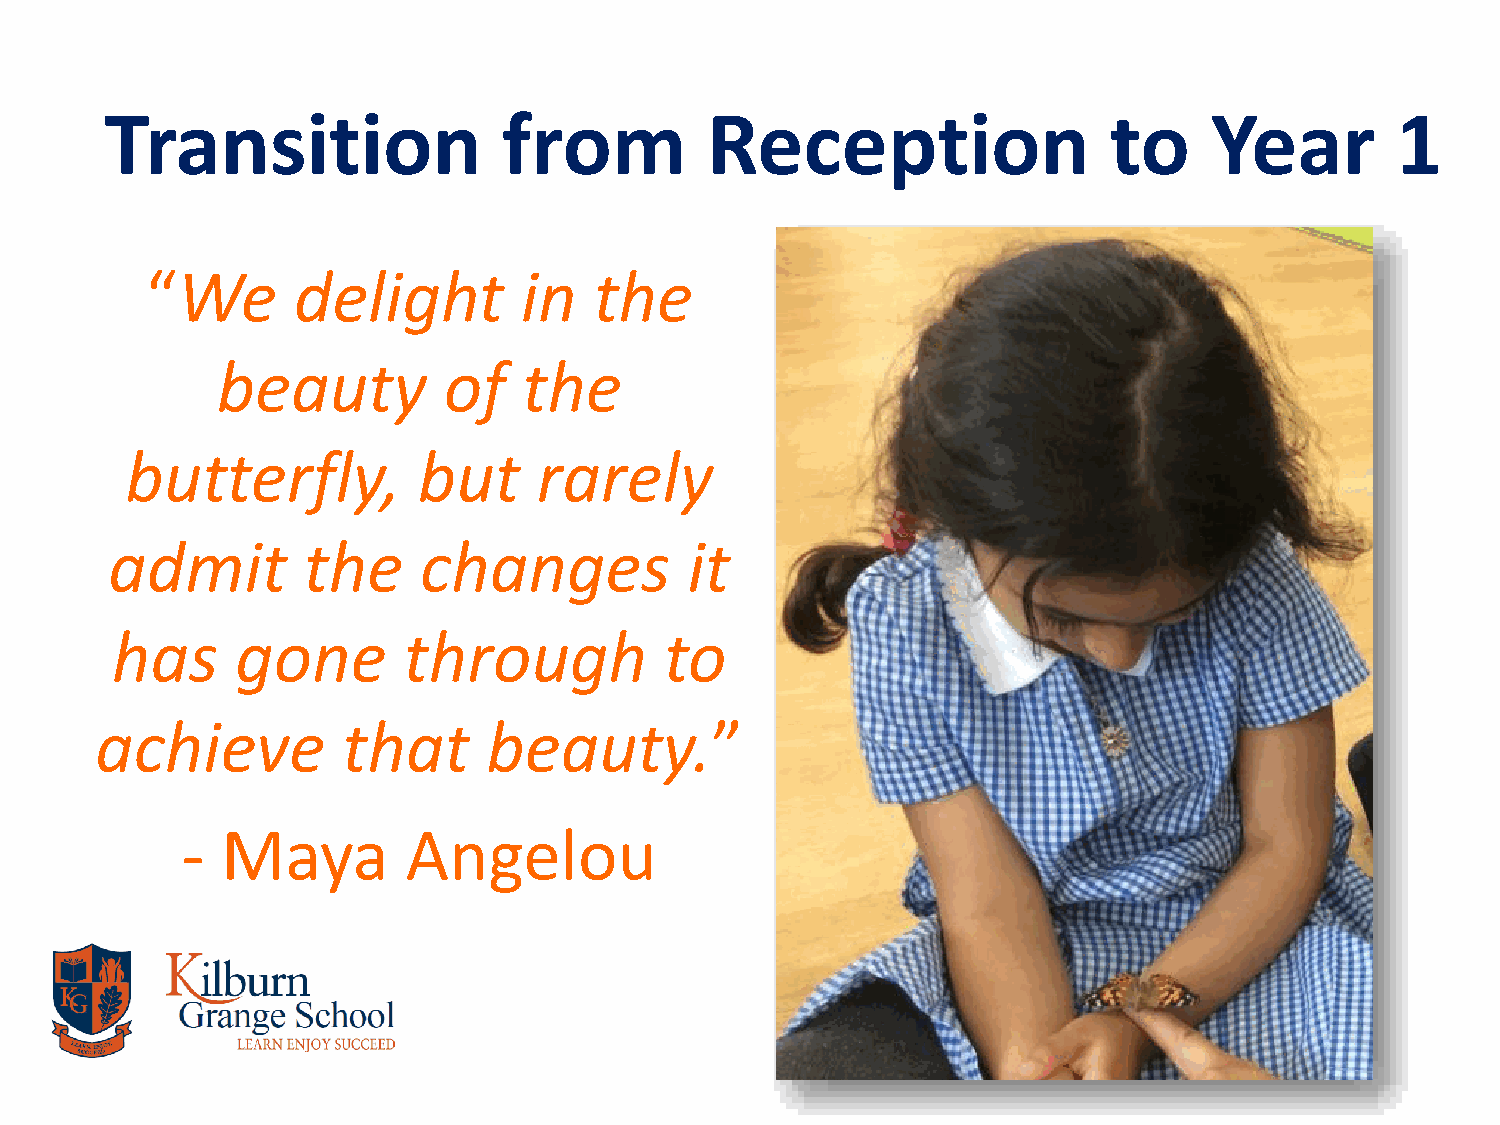
Transition                from          Reception                 to     Year        1
 “We      delight        in   the
 beauty         of    the
 butterfly,          but     rarely
 admit        the     changes           it
 has      gone       through          to
 achieve          that     beauty.”
 -  Maya        Angelou